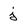
Character: j